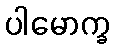
ပါမောက္ခ